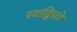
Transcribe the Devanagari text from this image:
स्याद्विरतो